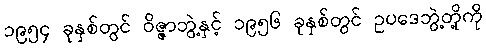
၁၉၅၄ ခုနှစ်တွင် ဝိဇ္ဇာဘွဲ့နှင့် ၁၉၅၆ ခုနှစ်တွင် ဥပဒေဘွဲ့တို့ကို